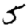
Digit: 5